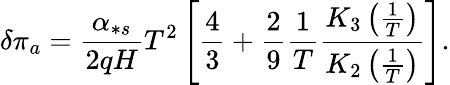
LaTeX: \delta\pi_{a}=\frac{\alpha_{\ast s}}{2qH}T^{2}\left[\frac{4}{3}+\frac{2}{9}\frac{1}{T}\frac{K_{3}\left(\frac{1}{T}\right)}{K_{2}\left(\frac{1}{T}\right)}\right].